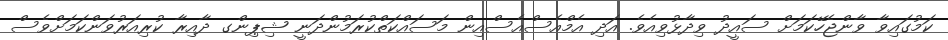
ކަމުގައިވާ ވާންޖެހޭކަމަށް ސައީދު ވިދާޅުވިއެވެ. އަދި އެމްއެސްއެސްއިން މަސައްކަތްކުރަމުންދަނީ ޝިޕިންގ ދާއިރާ ކުރިއަރުވަންކަމަށްވެސް